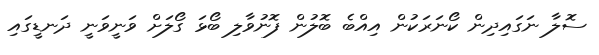
ސޮލާ ނަގައިދިން ކޯނަރަކުން އިއްބެ ބޮލުން ފޮނުވާލި ބޯޅަ ގޯލަށް ވަނީވަނީ ދަނޑީގައި